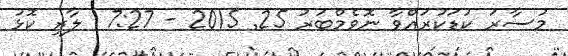
މުސާރަ ކުޑަކުރައްވާ ނޮވެމްބަރު 25